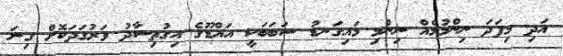
އަދި މިފަދަ ނިންމުމެއް ނިންމި މައިގަނޑު ސަބަބަކީ އައްޑޫގެ އިގުތިސާދު ވަރުގަދަކޮށް ގިނަ